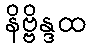
နိဗ္ဗိန္ဒထ